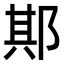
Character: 𨛺